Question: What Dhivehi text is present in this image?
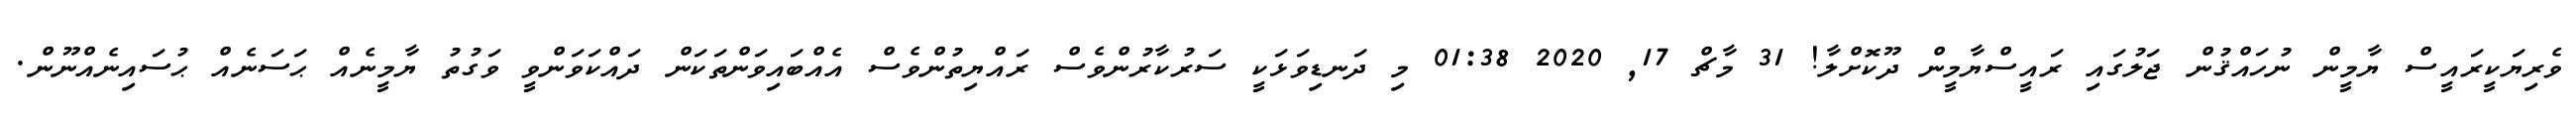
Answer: ވެރިޔަކީރައީސް ޔާމީން ނުހައްޤުން ޖަލުގައި ރައީސްޔާމީން ދޫކޮށްލާ! 31 މާޗް 17, 2020 01:38 މި ދަނޑިވަޅަކީ ސަރުކާރުންވެސް ރައްޔިތުންވެސް އެއްބައިވަންތަކަން ދައްކަވަންވީ ވަގުތު ޔާމީނެއް ޙަސަނެއް ޙުސައިނެއްނޫން.